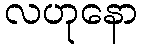
လဟုနော